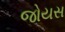
જોયસ